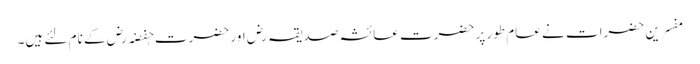
مفسرین حضرات نے عام طور پر حضرت عائشہ صدیقہ رض اور حضرت حٖفضہ رض کے نام لئے ہیں۔